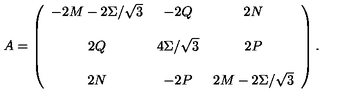
A = \left( \begin{array} { c c c } { - 2 M - 2 \Sigma / \sqrt { 3 } } & { - 2 Q } & { 2 N } \\ { } & { } & { } \\ { 2 Q } & { 4 \Sigma / \sqrt { 3 } } & { 2 P } \\ { } & { } & { } \\ { 2 N } & { - 2 P } & { 2 M - 2 \Sigma / \sqrt { 3 } } \\ \end{array} \right) .